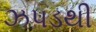
ઝપડથી